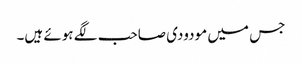
جس میں مودودی صاحب لگے ہوئے ہیں۔